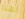
اهذا